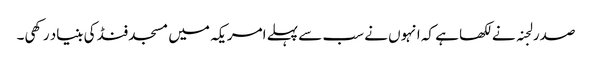
صدر لجنہ نے لکھا ہے کہ انہوں نے سب سے پہلے امریکہ میں مسجد فنڈ کی بنیاد رکھی۔